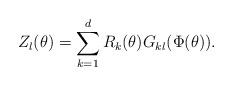
LaTeX: \begin{align*}Z_l(\theta)=\sum_{k=1}^dR_k(\theta)G_{kl}(\Phi(\theta)).\end{align*}